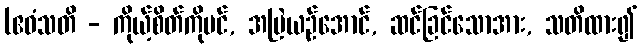
(ဧဝံသတိ - ကိုယ့်စိတ်ကိုပင်, အမြဲယဉ်အောင်, ဆင်ခြင်သောအား, သတိထား၍